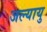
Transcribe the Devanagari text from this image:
जल्यायु